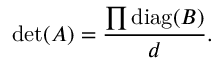
\operatorname* { d e t } ( A ) = { \frac { \prod \operatorname { d i a g } ( B ) } { d } } .